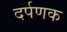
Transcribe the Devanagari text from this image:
दर्पणक